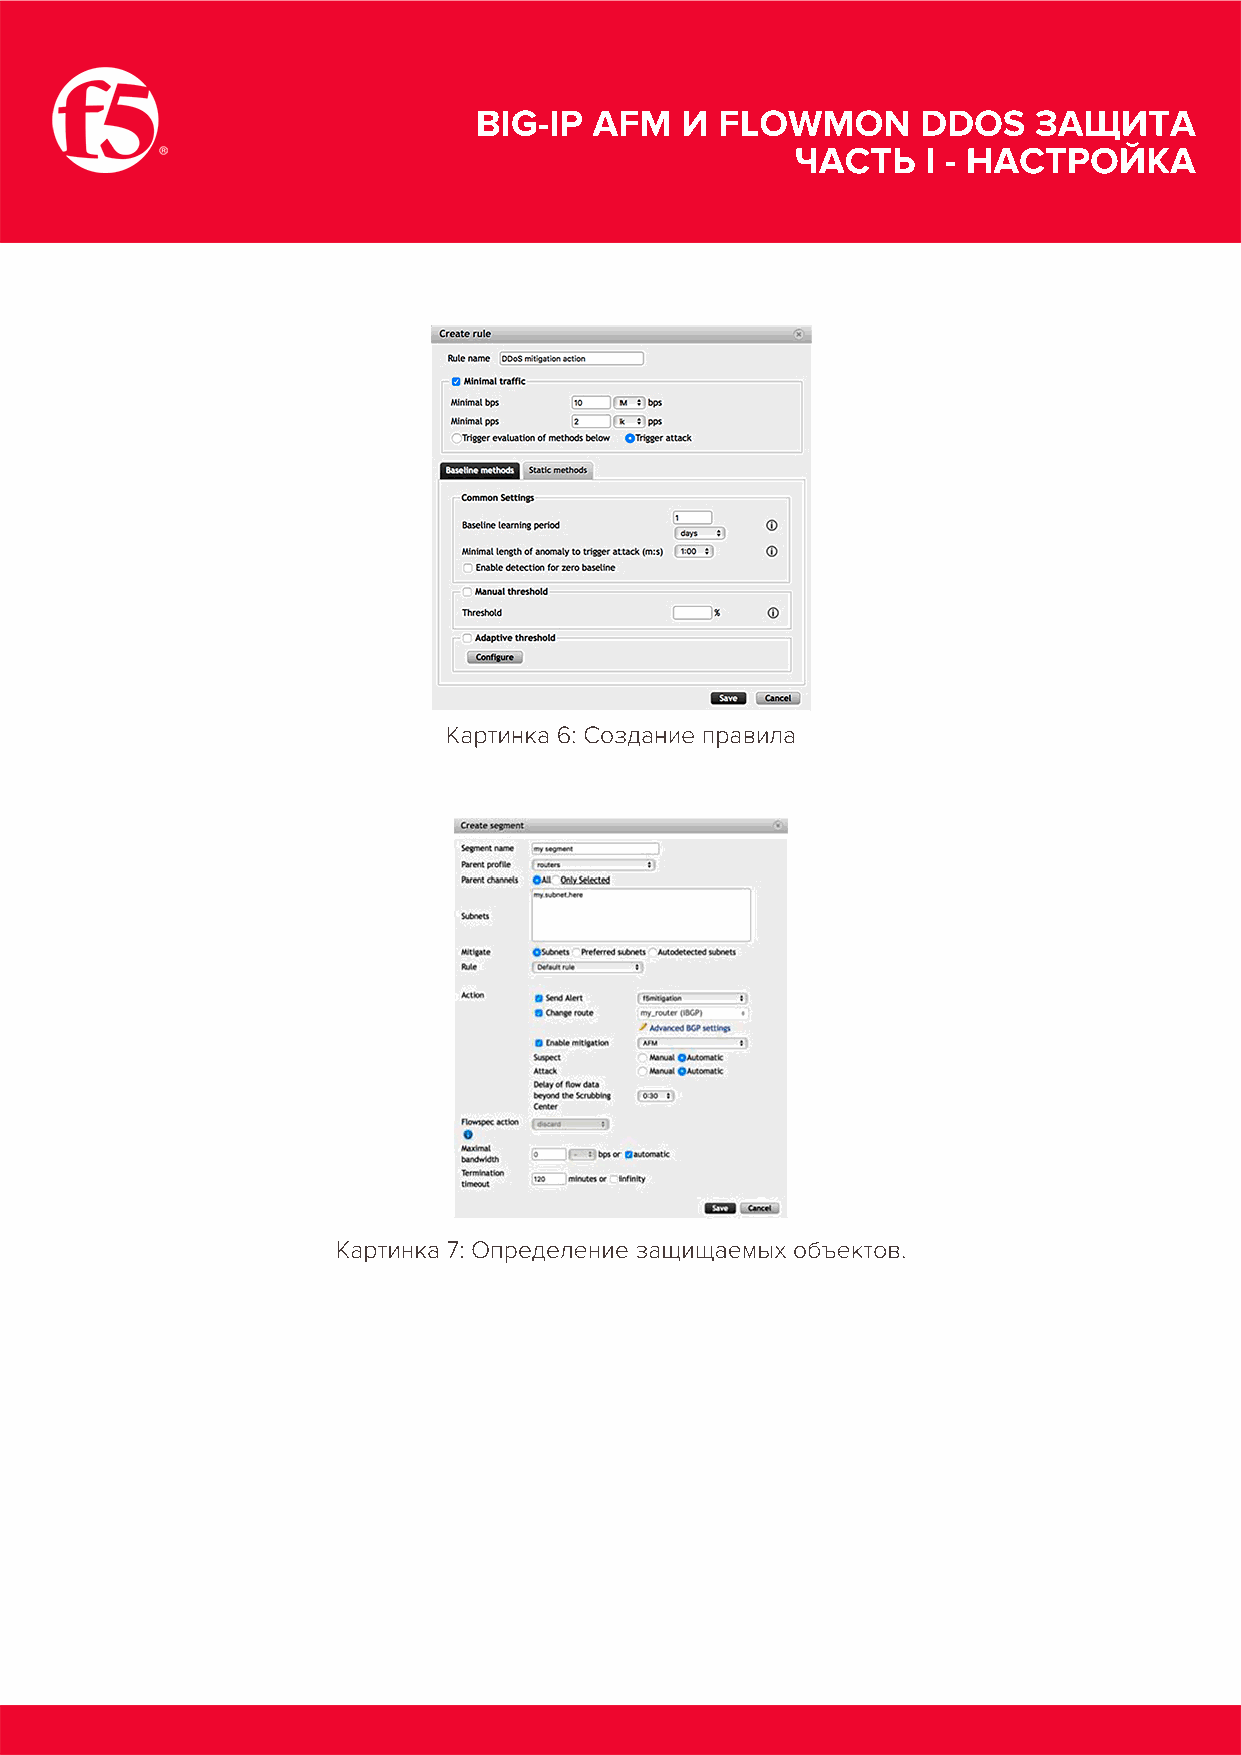
BIG-IP  AFM   И  FLOWMON      DDOS   ЗАЩИТА
 ЧАСТЬ   I - НАСТРОЙКА
 Картинка 6: Создание правила
 Картинка 7: Определение защищаемых объектов.